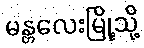
မန္တလေးမြို့သို့